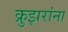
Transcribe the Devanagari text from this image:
क्रुझरांना